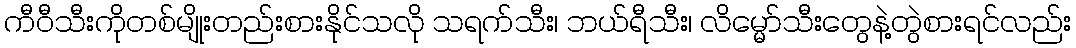
ကီဝီသီးကိုတစ်မျိုးတည်းစားနိုင်သလို သရက်သီး၊ ဘယ်ရီသီး၊ လိမ္မော်သီးတွေနဲ့တွဲစားရင်လည်း